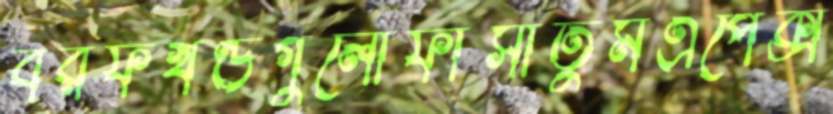
বরফখণ্ডগুলোফাঁসাতুমএপেক্স